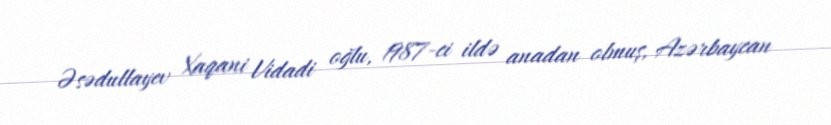
Əsədullayev Xaqani Vidadi oğlu, 1987-ci ildə anadan olmuş, Azərbaycan